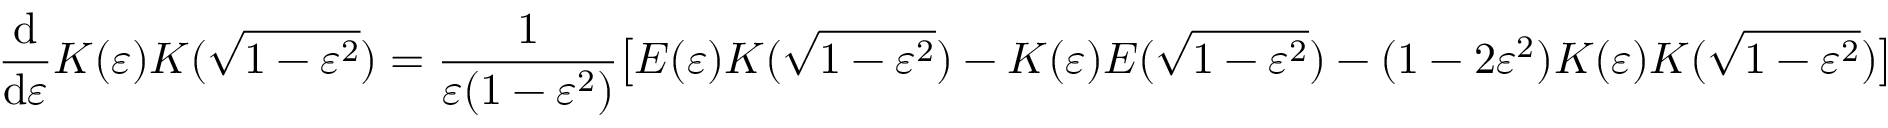
{ \frac { \mathrm { d } } { \mathrm { d } \varepsilon } } K ( \varepsilon ) K ( { \sqrt { 1 - \varepsilon ^ { 2 } } } ) = { \frac { 1 } { \varepsilon ( 1 - \varepsilon ^ { 2 } ) } } { \bigl [ } E ( \varepsilon ) K ( { \sqrt { 1 - \varepsilon ^ { 2 } } } ) - K ( \varepsilon ) E ( { \sqrt { 1 - \varepsilon ^ { 2 } } } ) - ( 1 - 2 \varepsilon ^ { 2 } ) K ( \varepsilon ) K ( { \sqrt { 1 - \varepsilon ^ { 2 } } } ) { \bigr ] }